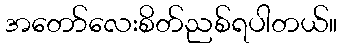
အတော်လေးစိတ်ညစ်ရပါတယ်။